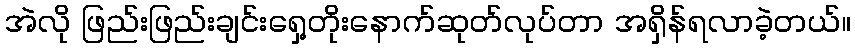
အဲလို ဖြည်းဖြည်းချင်းရှေ့တိုးနောက်ဆုတ်လုပ်တာ အရှိန်ရလာခဲ့တယ်။